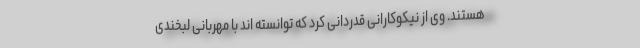
هستند. وی از نیکوکارانی قدردانی کرد که توانسته اند با مهربانی لبخندی